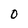
Character: 0